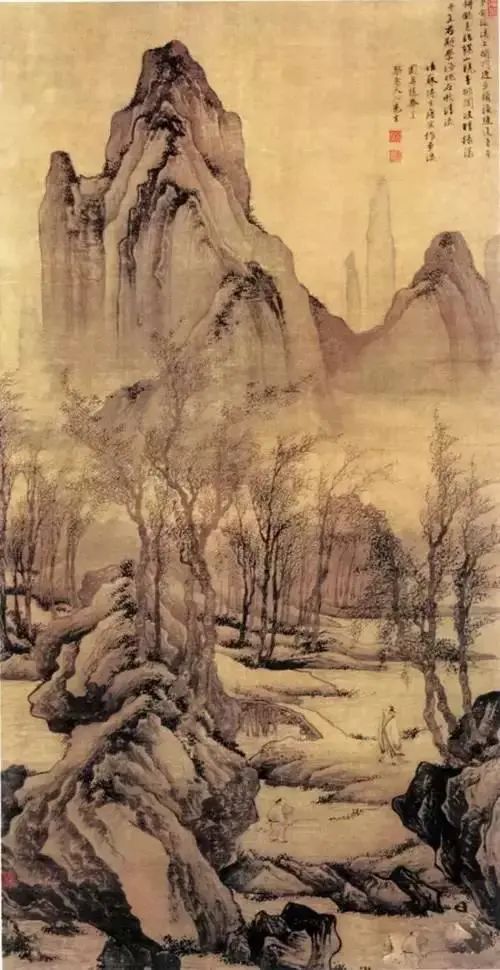
不知何处火，来就客心然。